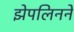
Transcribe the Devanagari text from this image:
झेपलिनने